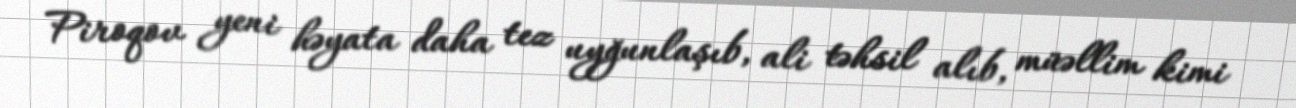
Piroqov yeni həyata daha tez uyğunlaşıb, ali təhsil alıb, müəllim kimi